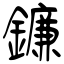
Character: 鐮